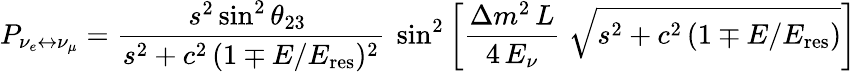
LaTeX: P_{\nu_{e}\leftrightarrow\nu_{\mu}}={\frac{s^{2}\sin^{2}\theta_{23}~}{s^{2}+c^{2}\, (1\mp E/E_{\mathrm{res}})^{2}}}~\sin^{2}\left[{\frac{\Delta m^{2}\, L}{4\, E_{\nu}}}\; \sqrt{s^{2}+c^{2}\, (1\mp E/E_{\mathrm{res}})}\right]